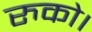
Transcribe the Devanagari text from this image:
रुको।